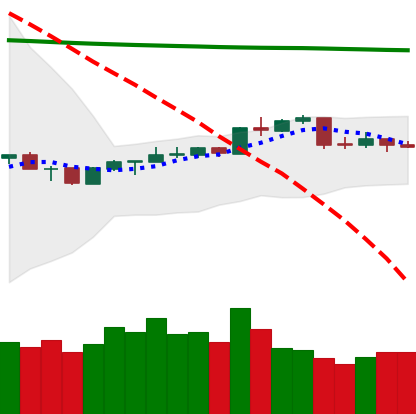
Ticker: NEO-USD
Chart end date: 2020-04-14
Forward return: 6.186%
Label: up_5_7